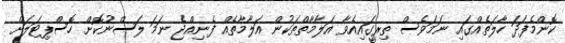
ކޮންމެފަދަ ހާލަތެއްގައި ނަމަވެސް ތިރީގައިއެވާ އަލާމާތްތަކުން އަލާމާތެއް ފެނިއްޖެ ނަމަ ލަސްނުކޮށް ހޮސްޕިޓަލަށް